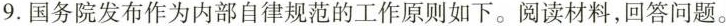
9.国务院发布作为内部自律规范的工作原则如下。阅读材料，回答问题。